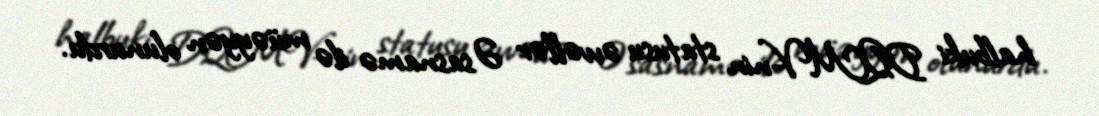
halbuki DQMV-nin statusu əvvəllər Əsasnamə ilə müəyyən olunurdu.